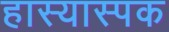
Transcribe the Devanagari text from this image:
हास्यास्पक